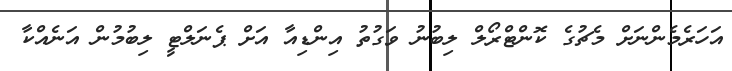
އަހަރެމެންނަށް މެޗުގެ ކޮންޓްރޯލް ލިބުނު ވަގުތު އިންޑިއާ އަށް ޕެނަލްޓީ ލިބުމުން އަނެއްކާ